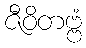
ဇီဝိတဗ္ဗံ